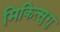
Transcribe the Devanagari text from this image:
मिकित्सुगु